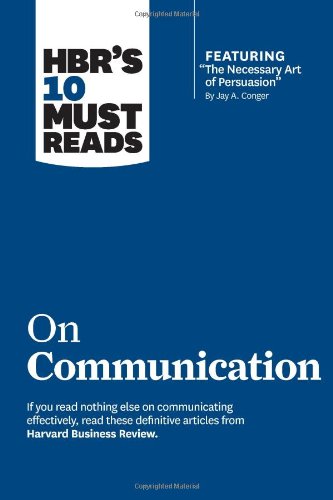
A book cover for HBR's 10 Must Reads on Communication (with featured article EEThe Necessary Art of Persuasion,EE by Jay A. Conger); Harvard Business Review; Business & Money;